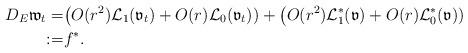
LaTeX: \begin{align*}D_E\mathfrak{w}_t=&\big(O(r^2)\mathcal{L}_1(\mathfrak{v}_t)+O(r)\mathcal{L}_0(\mathfrak{v}_t))+\big(O(r^2)\mathcal{L}_1^*(\mathfrak{v})+O(r)\mathcal{L}_0^*(\mathfrak{v}))\\:=&f^*.\end{align*}